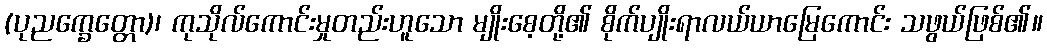
(ပုညက္ခေတ္တော)၊ ကုသိုလ်ကောင်းမှုတည်းဟူသော မျိုးစေ့တို့၏ စိုက်ပျိုးရာလယ်ယာမြေကောင်း သဖွယ်ဖြစ်၏။